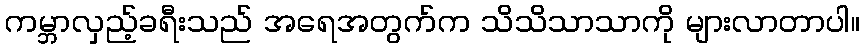
ကမ္ဘာလှည့်ခရီးသည် အရေအတွက်က သိသိသာသာကို များလာတာပါ။